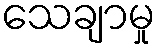
သေချာမှု